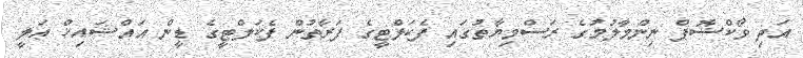
އަދި ވޯކްޝޮޕް ނިންމާލުމުގެ ރަސްމިޔާތުގައި ފެކަލްޓީގެ ފަރާތުން ފެކަލްޓީގެ ޑީން އައްޝައިޚް ޢަލީ